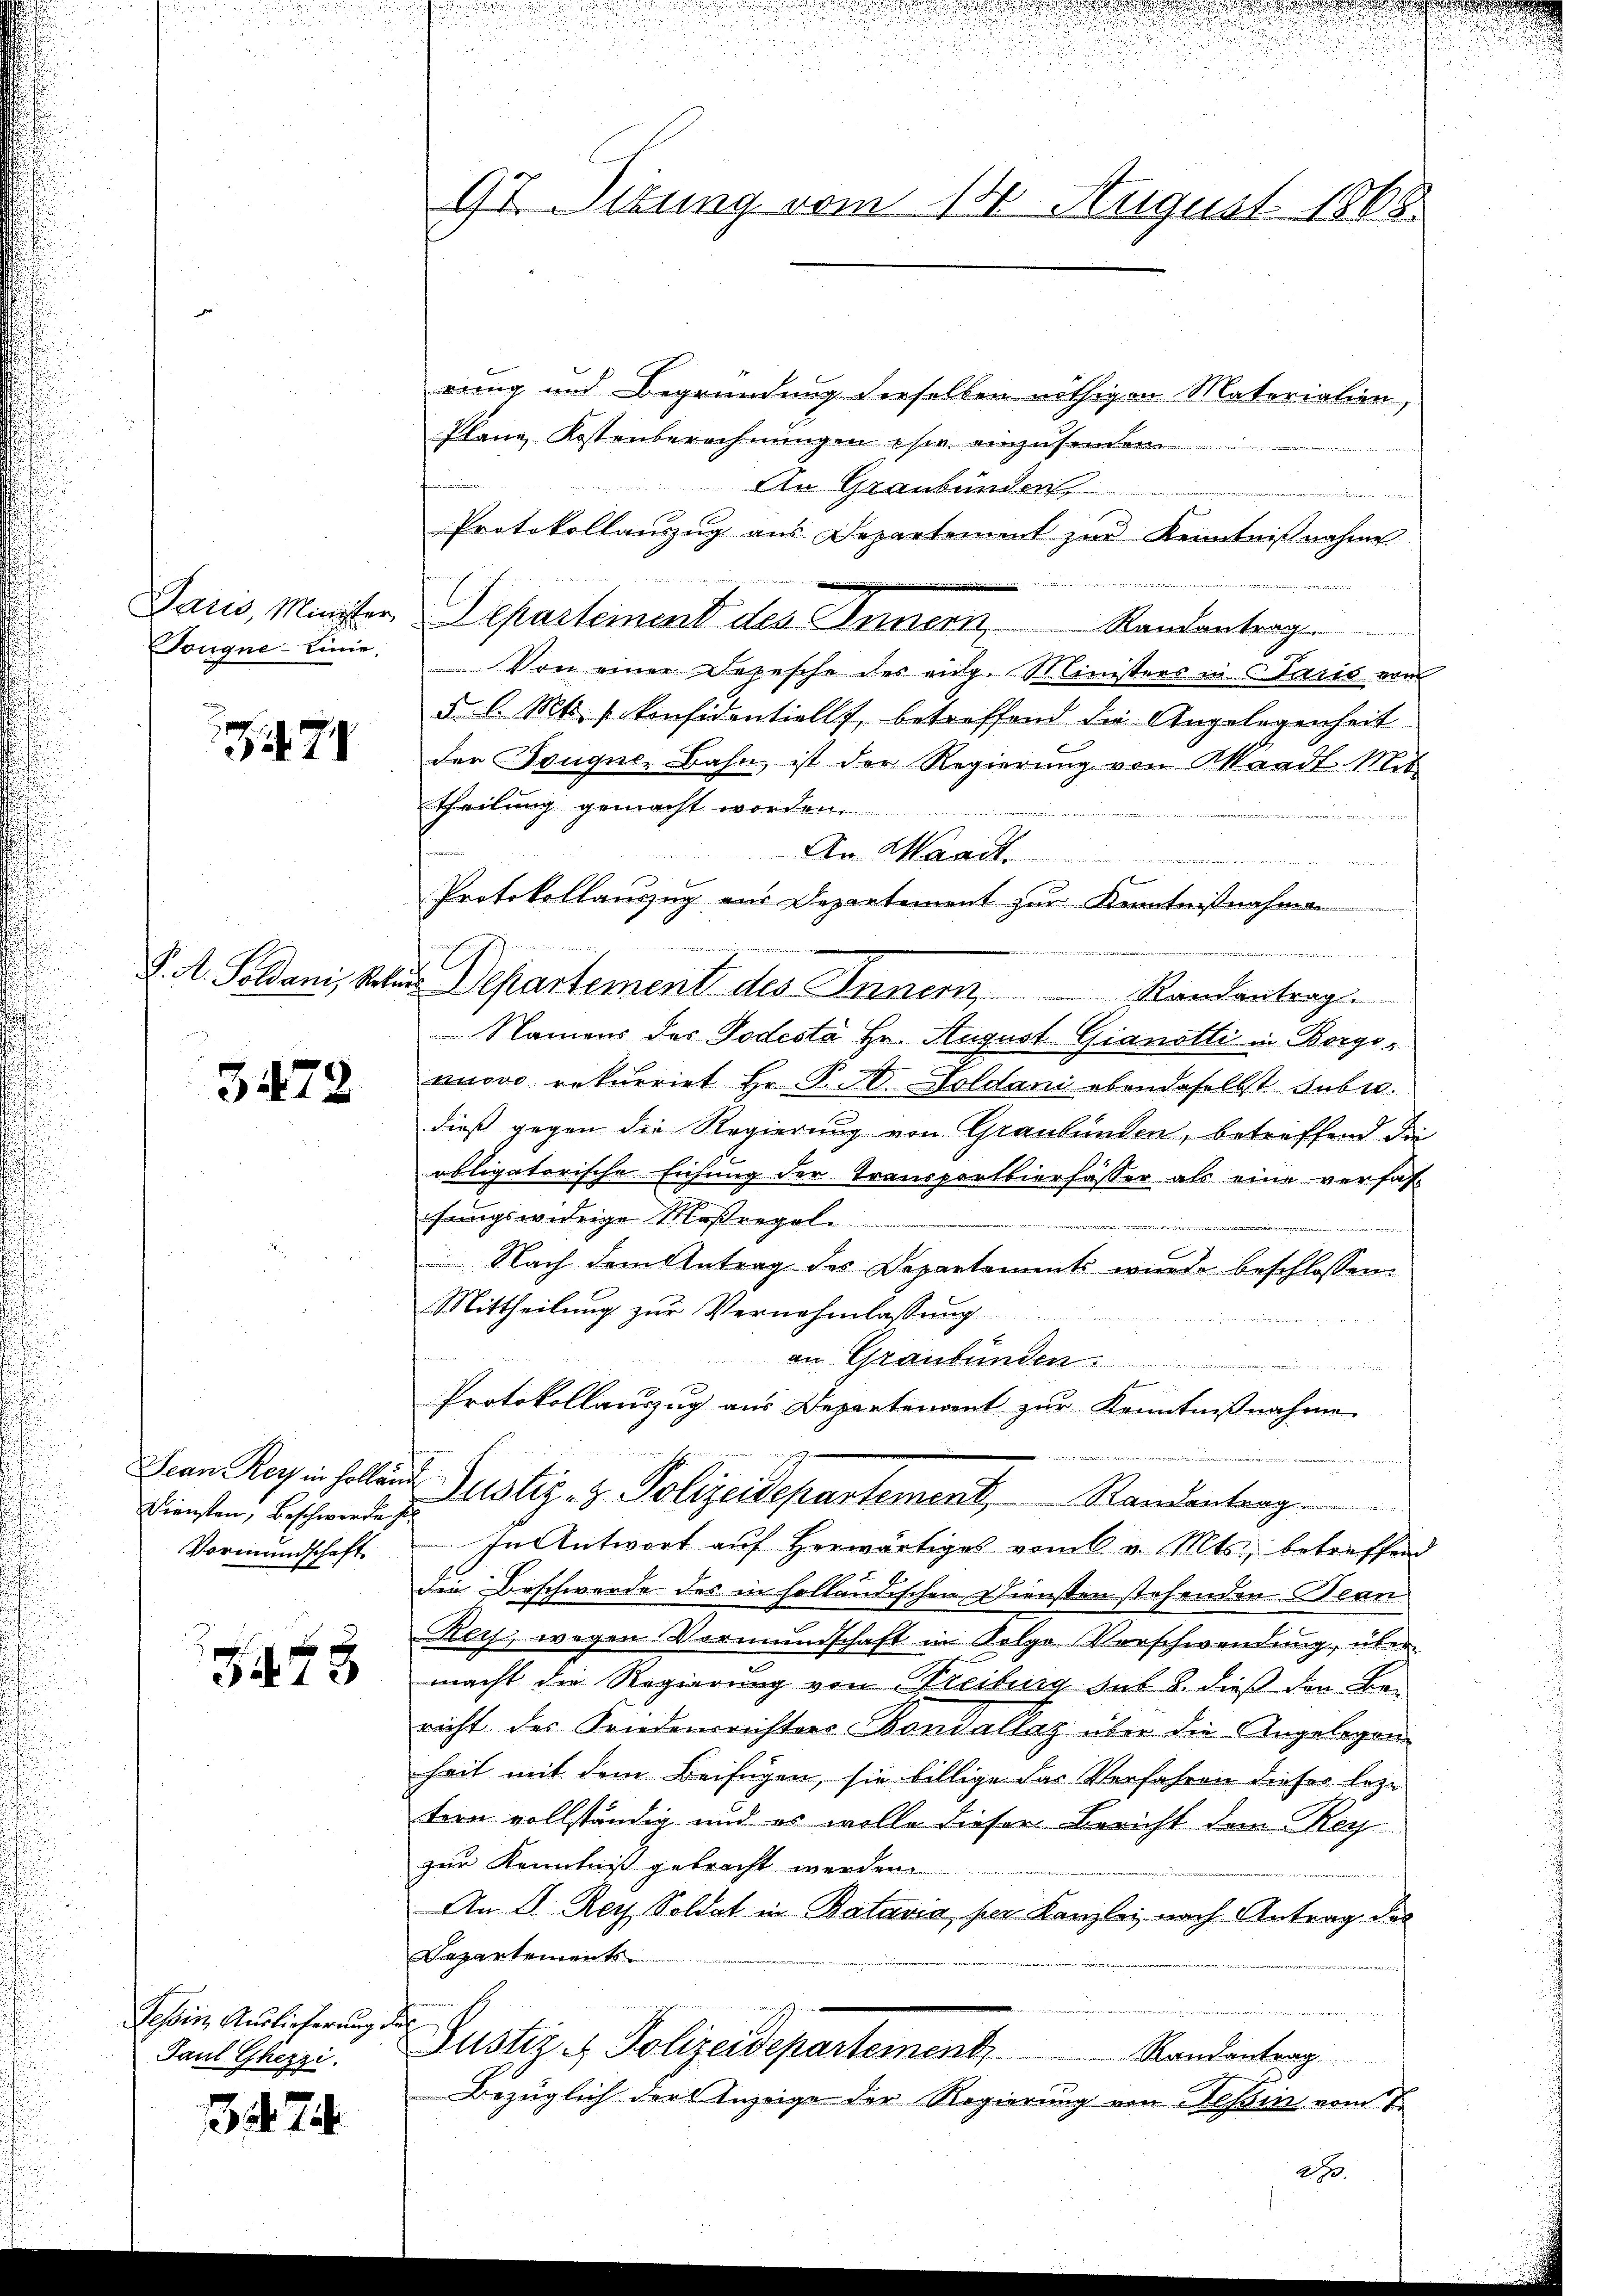
Tougne Linie.

471

J. A. Geldani, Sohn

3472

Diensten, Beschwerde i
Vormundschaft

243

Tessin Auslieferung d.
Paul Ghezzi.

3474

97. Sizung vom 14. August 1868

rung und Begründung derselben nöthigen Materialien,
Plane Kostenberechnŭngen es einzuse
An Graubünden,
Protokollauszug aus Departement zur Kenntnißnahme
diren
Paris, Minister, Departement des Innern Randantrag
Von einer Depesche des eidg. Ministers in Paris von
5 l. Mts. s. konfidentiellt, betreffend die Angelegenheit
der Fouque, Bahn, ist der Regierung von Waadt. Mit
Theilung gemacht worden.

An Waadt.
u
Protokollauszug aus Departement zur Kenntnißnahmen
  die vernommen
 Departement des Inner, Randantrags
Namens des Todestà Hr. August Gianotti in Borgonuovo rekurriet Hr. P. A. Soldani ebendaselbst suber.
dieß gegen die Regierung von Graubünden, betreffend die
obligatorische Eichung der Transportierfasser als eine verfaßfungswidrige Maßregeln
 Nach dem Antrag des Departements wurde beschlossen
Mittheilung zur Vernehmlassung
an Graubünden.
un
Protokollauszug aus Departenvent zur Kenntnißnahme
Jean Regien sollen Justiz- & Polizeidepartement, Standentrag
In Antwort auf herwärtiges vom C. v. Mts., betreffend
die Beschwerde des in holländischen Diensten stehenden Bean
Rey, wegen Vormundschaft in Folge Vorschwendung, übermacht die Regierung von Freibung sub 8. dieß den Bericht der Friedensrichters Hondallaz über die Angelegen
heit mit dem Beifügen, sie billige das Verfahren dieser leze
tern vollständig und es wolle dieser Bericht dem Rey
zur Kenntniß gebracht werden
e
An D. Rey Soldat in Batavia, per Kanzlei nach Antrag des
Departements
o
Justiz & Polizeidepartementr
Randantrag
Bezüglich dort Anzeige der Regierung von Tessin vom 7.

E

.